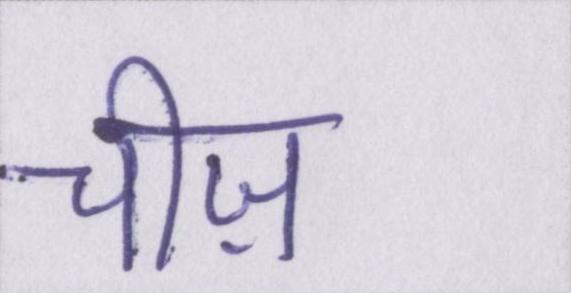
चीज़